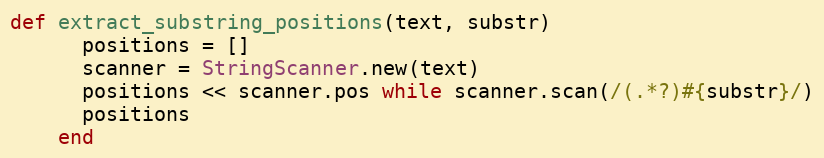
Language: Ruby
def extract_substring_positions(text, substr)
      positions = []
      scanner = StringScanner.new(text)
      positions << scanner.pos while scanner.scan(/(.*?)#{substr}/)
      positions
    end